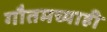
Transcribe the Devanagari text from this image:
गौतमच्याही